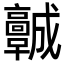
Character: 𩫨